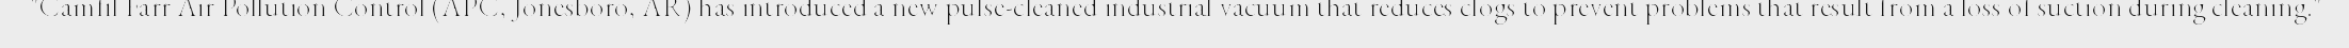
"Camfil Farr Air Pollution Control (APC, Jonesboro, AR) has introduced a new pulse-cleaned industrial vacuum that reduces clogs to prevent problems that result from a loss of suction during cleaning."